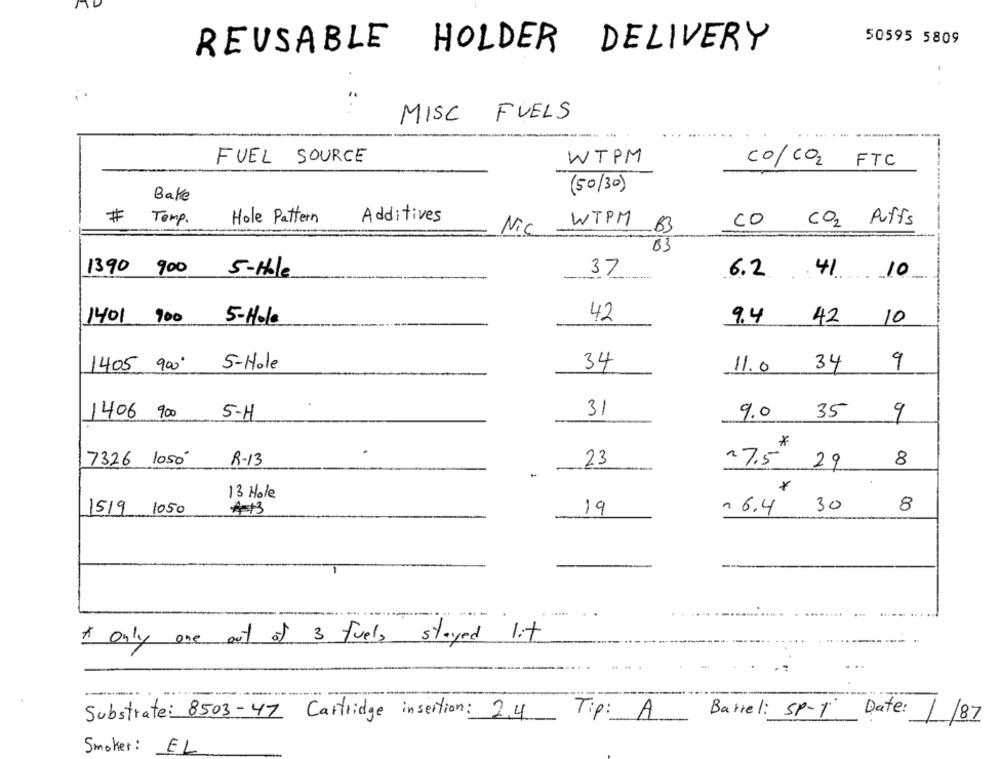
50595 5809
REUSABLE HOLDER DELIVERY
MISC FUELS
.-- -- ---
FUEL SOURCE
WTPM
CO/CO2 FTC
(50/ 30)
Bake
#
Temp.
Hole Pattern
Additives
WTPM
CO CO2 Puffs
Nic
B3
03
1390 900
5-Ible
37
6.2
-
41 10
1401 900
42
9.4
10
5-Hole
42
9
1405 900 5-Hole
34
11.0
34
1406 900
5-H
31
9.0
35
9
*
7326 1050-
R-13
23
27.5 29
8
13 Hole
16.4 30
8
1519 1050
#13
19
* Only one out of 3 fuels stayed lit
Barrel: SP-1 Date:
Substrate: 8503-47 Cartridge insertion: 2.4
Tip: A
/87
Smoker :
EL